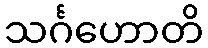
သင်္ဂဟောတိ